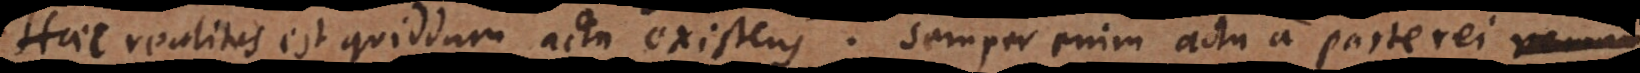
Haec realitas est quiddam actu existens. Semper enim actu a parte rei verum